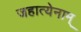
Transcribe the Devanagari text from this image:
जहात्येनाम्‌